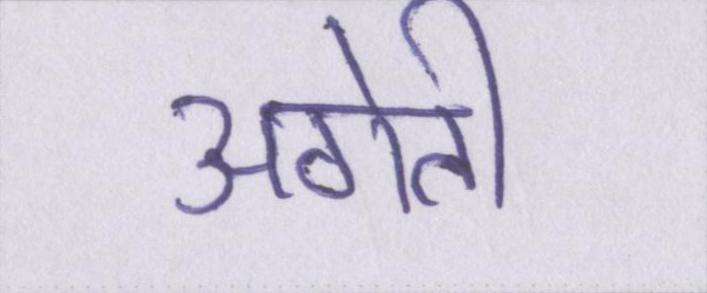
अगेती